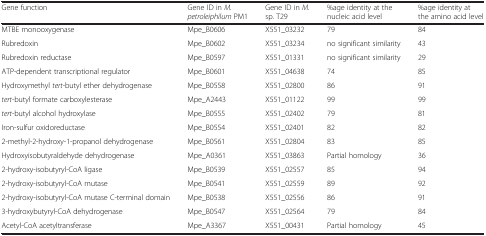
<table><thead><tr><td><b>Gene function</b></td><td><b>Gene ID in <i>M. petroleiphilum</i> PM1</b></td><td><b>Gene ID in <i>M.</i> sp. T29</b></td><td><b>%age identity at the nucleic acid level</b></td><td><b>%age identity at the amino acid level</b></td></tr></thead><tbody><tr><td>MTBE monooxygenase</td><td>Mpe_B0606</td><td>X551_03232</td><td>79</td><td>84</td></tr><tr><td>Rubredoxin</td><td>Mpe_B0602</td><td>X551_03234</td><td>no significant similarity</td><td>43</td></tr><tr><td>Rubredoxin reductase</td><td>Mpe_B0597</td><td>X551_01331</td><td>no significant similarity</td><td>29</td></tr><tr><td>ATP-dependent transcriptional regulator</td><td>Mpe_B0601</td><td>X551_04638</td><td>74</td><td>85</td></tr><tr><td>Hydroxymethyl <i>tert</i>-butyl ether dehydrogenase</td><td>Mpe_B0558</td><td>X551_02800</td><td>86</td><td>91</td></tr><tr><td><i>tert</i>-butyl formate carboxylesterase</td><td>Mpe_A2443</td><td>X551_01122</td><td>99</td><td>99</td></tr><tr><td><i>tert</i>-butyl alcohol hydroxylase</td><td>Mpe_B0555</td><td>X551_02402</td><td>79</td><td>81</td></tr><tr><td>Iron-sulfur oxidoreductase</td><td>Mpe_B0554</td><td>X551_02401</td><td>82</td><td>82</td></tr><tr><td>2-methyl-2-hydroxy-1-propanol dehydrogenase</td><td>Mpe_B0561</td><td>X551_02804</td><td>83</td><td>85</td></tr><tr><td>Hydroxyisobutyraldehyde dehydrogenase</td><td>Mpe_A0361</td><td>X551_03863</td><td>Partial homology</td><td>36</td></tr><tr><td>2-hydroxy-isobutyryl-CoA ligase</td><td>Mpe_B0539</td><td>X551_02557</td><td>85</td><td>94</td></tr><tr><td>2-hydroxy-isobutyryl-CoA mutase</td><td>Mpe_B0541</td><td>X551_02559</td><td>89</td><td>92</td></tr><tr><td>2-hydroxy-isobutyryl-CoA mutase C-terminal domain</td><td>Mpe_B0538</td><td>X551_02556</td><td>86</td><td>91</td></tr><tr><td>3-hydroxybutyryl-CoA dehydrogenase</td><td>Mpe_B0547</td><td>X551_02564</td><td>79</td><td>84</td></tr><tr><td>Acetyl-CoA acetyltransferase</td><td>Mpe_A3367</td><td>X551_00431</td><td>Partial homology</td><td>45</td></tr></tbody></table>